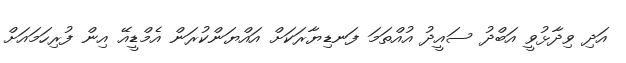
އަދި ވިދާޅުވީ އަބްދު ސައީދު އުއްތަމަ ފަނޑިޔާރަކަށް އައްޔަންކުރަން އެމްޑީއޭ އިން ފުރިހަމައަށް